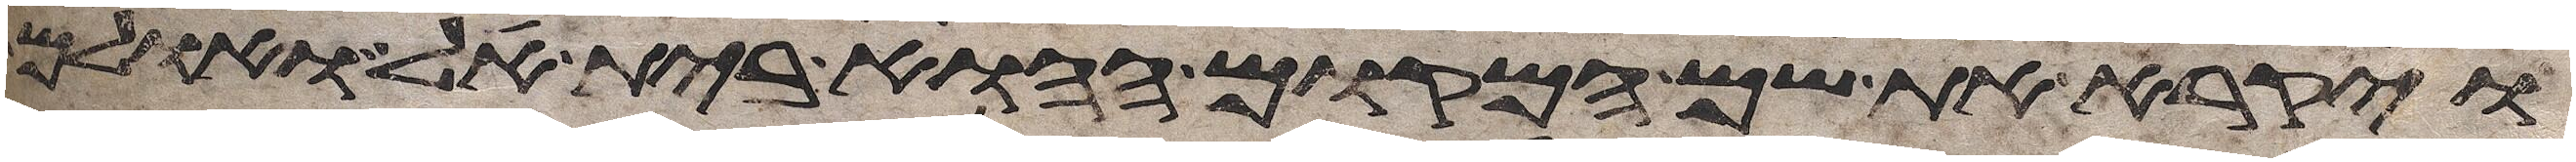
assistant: ויקרא את שם המקום ההוא בית אל ואולם